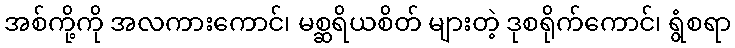
အစ်ကို့ကို အလကားကောင်၊ မစ္ဆရိယစိတ် များတဲ့ ဒုစရိုက်ကောင်၊ ရွံစရာ